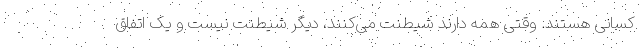
کسانی هستند. وقتی همه دارند شیطنت می‌کنند، دیگر شیطنت نیست و یک اتفاق